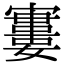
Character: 𡫤